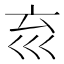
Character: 𡿮